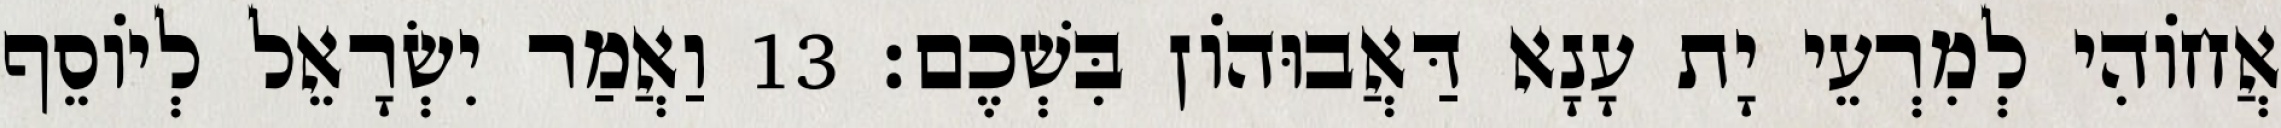
אֲחוֹהִי לְמִרְעֵי יָת עָנָא דַּאֲבוּהוֹן בִּשְׁכֶם׃ 13 וַאֲמַר יִשְׂרָאֵל לְיוֹסֵף